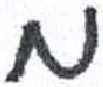
אות: מ